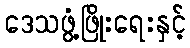
ဒေသဖွံ့ဖြိုးရေးနှင့်